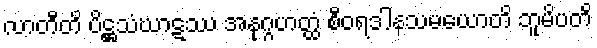
လာတီတိ ပိဋ္ဌသံဃာဋဿ အနုဂ္ဂဟတ္ထံ စီဝရဒါနသမယောတိ ဘူမိပတိ